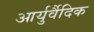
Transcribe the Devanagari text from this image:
आर्युर्वैदिक